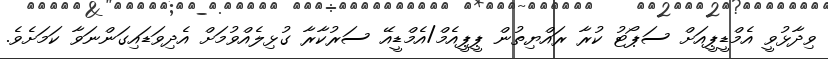
ވިދާޅުވީ އެމްޑީޕީއަށް ސަޕޯޓު ކުރާ ރައްޔިތުން ޕީޕީއެމް/އެމްޑީއޭ ސަރުކާރާ ގުޅިލެއްވުމަށް އެދިވަޑައިގަންނަވާ ކަމަށެވެ.